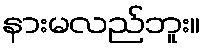
နားမလည်ဘူး။